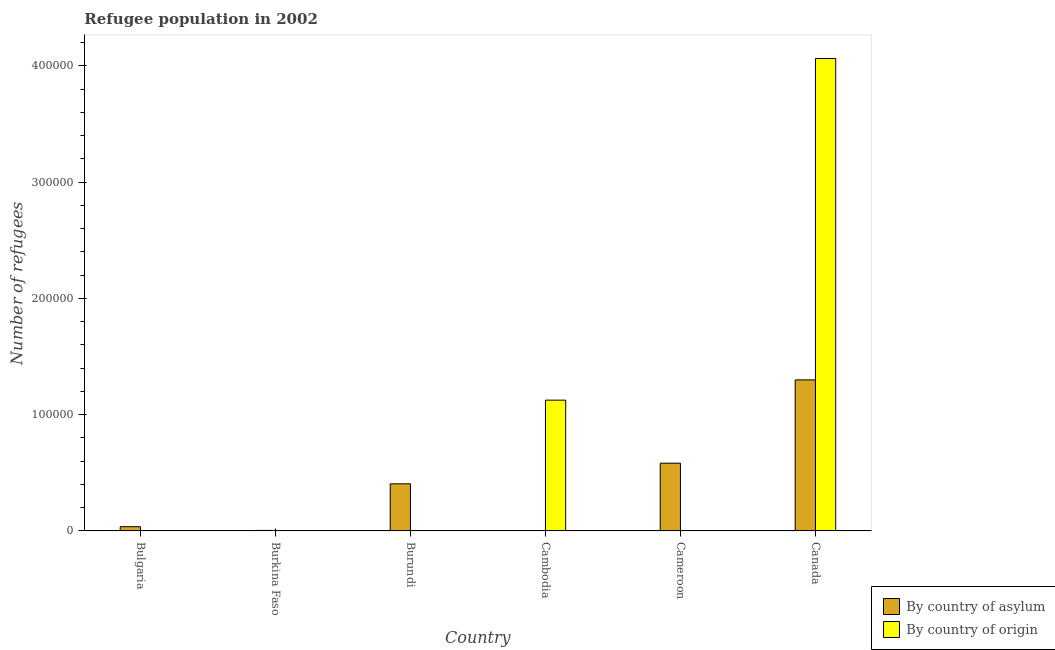
| Country | By country of asylum | By country of origin |
 | --- | --- | --- |
 | Bulgaria | 3.66e+03 | 1 |
 | Burkina Faso | 457 | 232 |
 | Burundi | 4.05e+04 | 1 |
 | Cambodia | 200 | 1.13e+05 |
 | Cameroon | 5.83e+04 | 219 |
 | Canada | 1.3e+05 | 4.06e+05 |